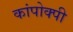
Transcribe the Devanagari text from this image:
कांपोक्पी